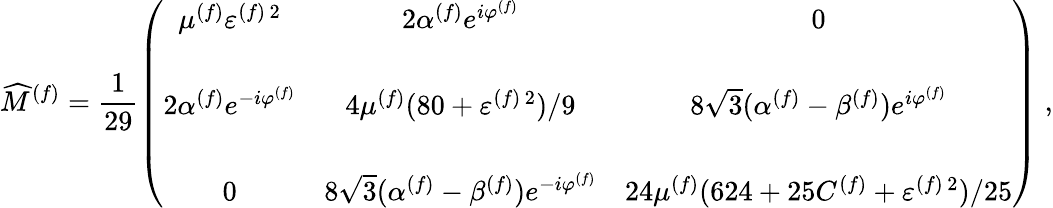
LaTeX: \widehat{M}^{(f)}=\frac{1}{29}\left(\begin{array}{ccc}{{\mu^{(f)}\varepsilon^{(f)\, 2}}}&{{2\alpha^{(f)}e^{i\varphi^{(f)}}}}&{{0}}\\ {{}}&{{}}&{{}}\\ {{2\alpha^{(f)}e^{-i\varphi^{(f)}}}}&{{4\mu^{(f)}(80+\varepsilon^{(f)\, 2})/9}}&{{8\sqrt{3}(\alpha^{(f)}-\beta^{(f)})e^{i\varphi^{(f)}}}}\\ {{}}&{{}}&{{}}\\ {{0}}&{{8\sqrt{3}(\alpha^{(f)}-\beta^{(f)})e^{-i\varphi^{(f)}}}}&{{24\mu^{(f)}(624+25C^{(f)}+\varepsilon^{(f)\, 2})/25}}\end{array}\right)\; ,